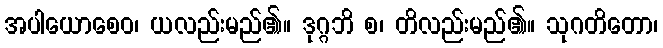
အပါယောစေဝ၊ ယလည်းမည်၏။ ဒုဂ္ဂဘိ စ၊ တိလည်းမည်၏။ သုဂတိတော၊